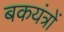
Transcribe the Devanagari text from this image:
बकयंत्रों